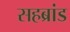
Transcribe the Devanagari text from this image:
सहब्रांड